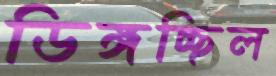
ডিঙ্গচ্ছিল